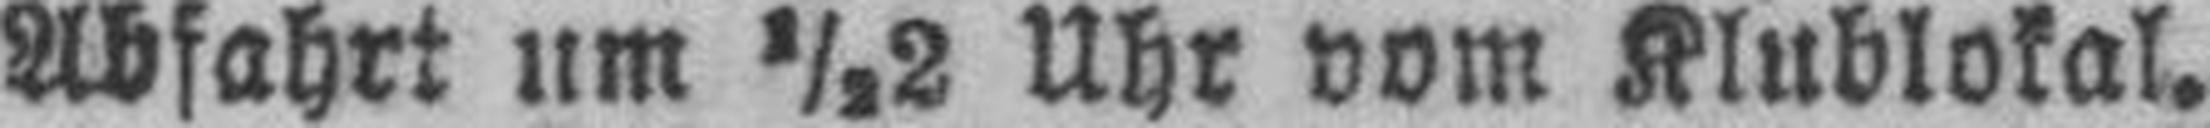
Abfahrt um ½2 Uhr vom Klublokal.